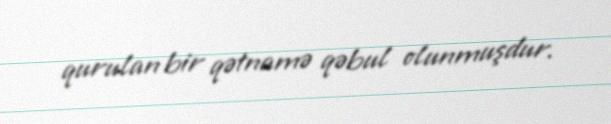
qurulan bir qətnamə qəbul olunmuşdur.